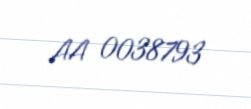
AA 0038793